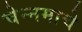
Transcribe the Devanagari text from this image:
चेन्नमाचे